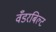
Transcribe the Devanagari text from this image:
वँडरबिल्ट